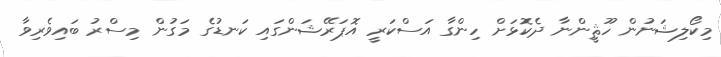
މިކޯލިޝަނުން ހޫޘީންނާ ދެކޮޅަށް ހިންގާ އަސްކަރީ އޮޕަރޭޝަންގައި ކަނޑުގެ މަގުން މިސްރު ބައިވެރިވާ